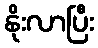
နိုးလာပြီး